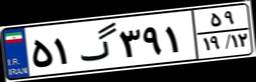
۶۵گ۸۹۵۵۹